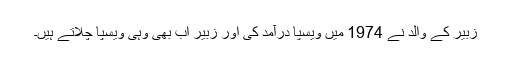
زبیر کے والد نے 1974 میں ویسپا درآمد کی اور زبیر اب بھی وہی ویسپا چلاتے ہیں۔